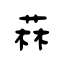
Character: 菻